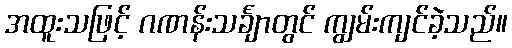
အထူးသဖြင့် ဂဏန်းသင်္ချာတွင် ကျွမ်းကျင်ခဲ့သည်။